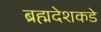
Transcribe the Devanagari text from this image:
ब्रह्मदेशकडे